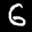
Label: 6